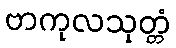
ဗာကုလသုတ္တံ